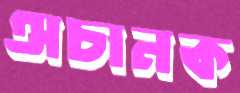
অচানক